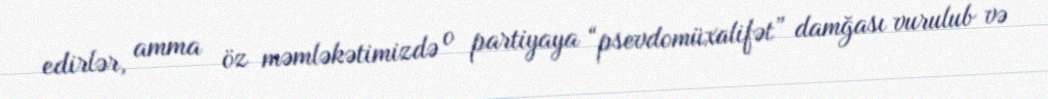
edirlər, amma öz məmləkətimizdə o partiyaya “psevdomüxalifət” damğası vurulub və